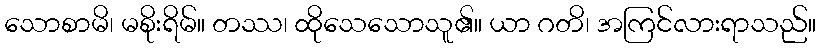
သောစာမိ၊ မစိုးရိမ်။ တဿ၊ ထိုသေသောသူ၏။ ယာ ဂတိ၊ အကြင်လားရာသည်။